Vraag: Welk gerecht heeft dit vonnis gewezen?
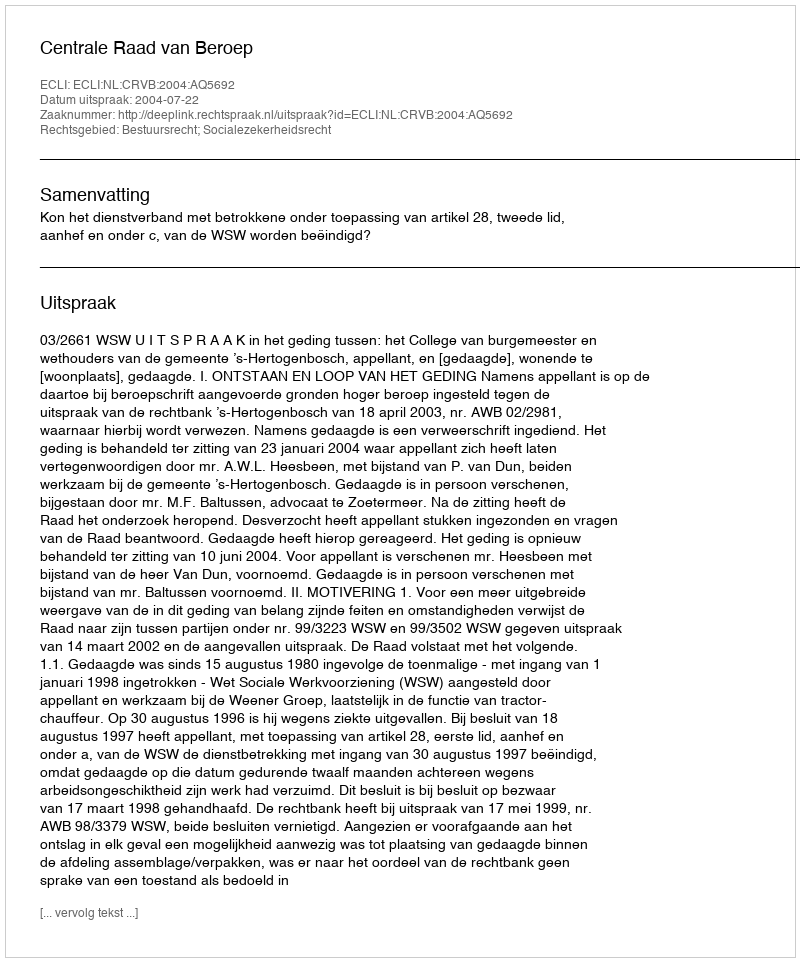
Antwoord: Centrale Raad van Beroep